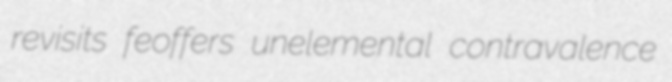
revisits feoffers unelemental contravalence